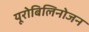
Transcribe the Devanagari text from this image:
यूरोबिलिनोजन